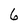
Character: 6